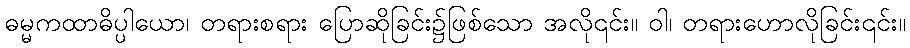
ဓမ္မကထာဓိပ္ပါယော၊ တရားစရား ပြောဆိုခြင်း၌ဖြစ်သော အလို၎င်း။ ဝါ၊ တရားဟောလိုခြင်း၎င်း။